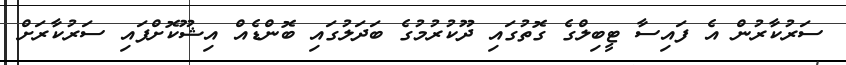
ސަރުކާރުން އެ ފައިސާ ޓީބިލްގެ ގޮތުގައި ދޫކުރުމުގެ ބަދަލުގައި ބޮންޑެއް އިޝޫކޮށްފައި ސަރުކާރަށް